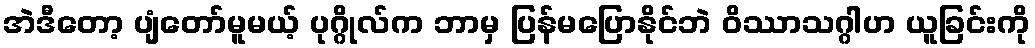
အဲဒီတော့ ပျံတော်မူမယ့် ပုဂ္ဂိုလ်က ဘာမှ ပြန်မပြောနိုင်ဘဲ ဝိဿာသဂ္ဂါဟ ယူခြင်းကို